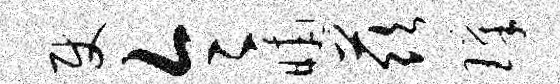
使令晡兹璋